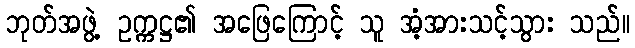
ဘုတ်အဖွဲ့ ဥက္ကဋ္ဌ၏ အဖြေကြောင့် သူ အံ့အားသင့်သွား သည်။